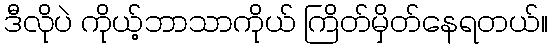
ဒီလိုပဲ ကိုယ့်ဘာသာကိုယ် ကြိတ်မှိတ်နေရတယ်။